Annual report of the Imperial Bacteriologist
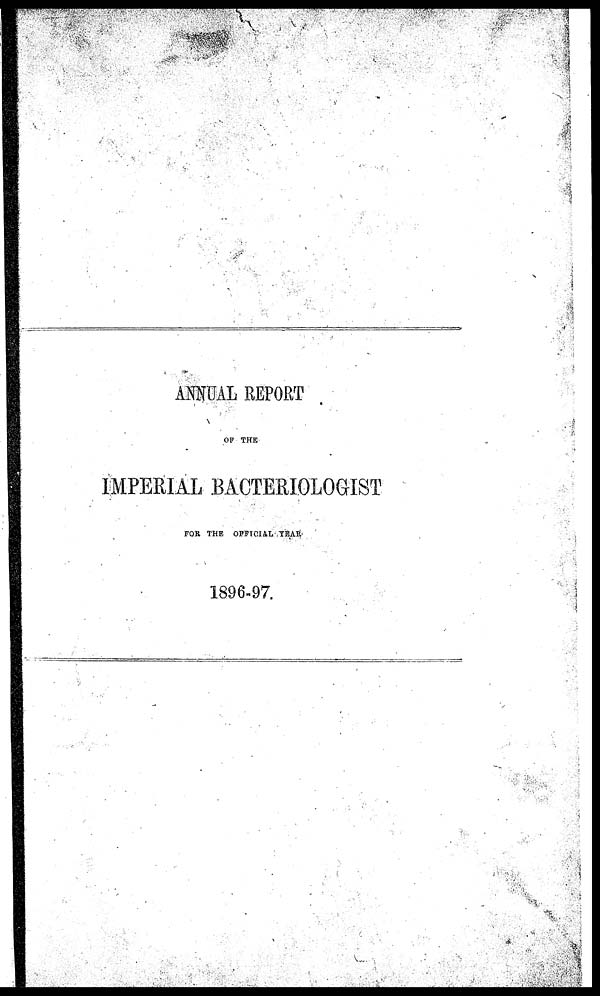
ANNUAL REPORT
OF THE
IMPERIAL BACTERIOLOGIST
FOR THE OFFICIAL YEAR
1896-97.